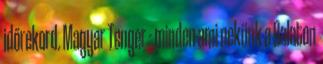
időrekord. Magyar Tenger - minden ami nekünk a Balaton